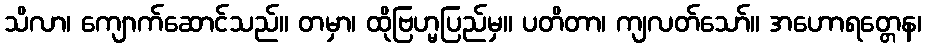
သိလာ၊ ကျောက်ဆောင်သည်။ တမှာ၊ ထိုဗြဟ္မပြည်မှ။ ပတိတာ၊ ကျလတ်သော်။ အဟောရတ္တေန၊